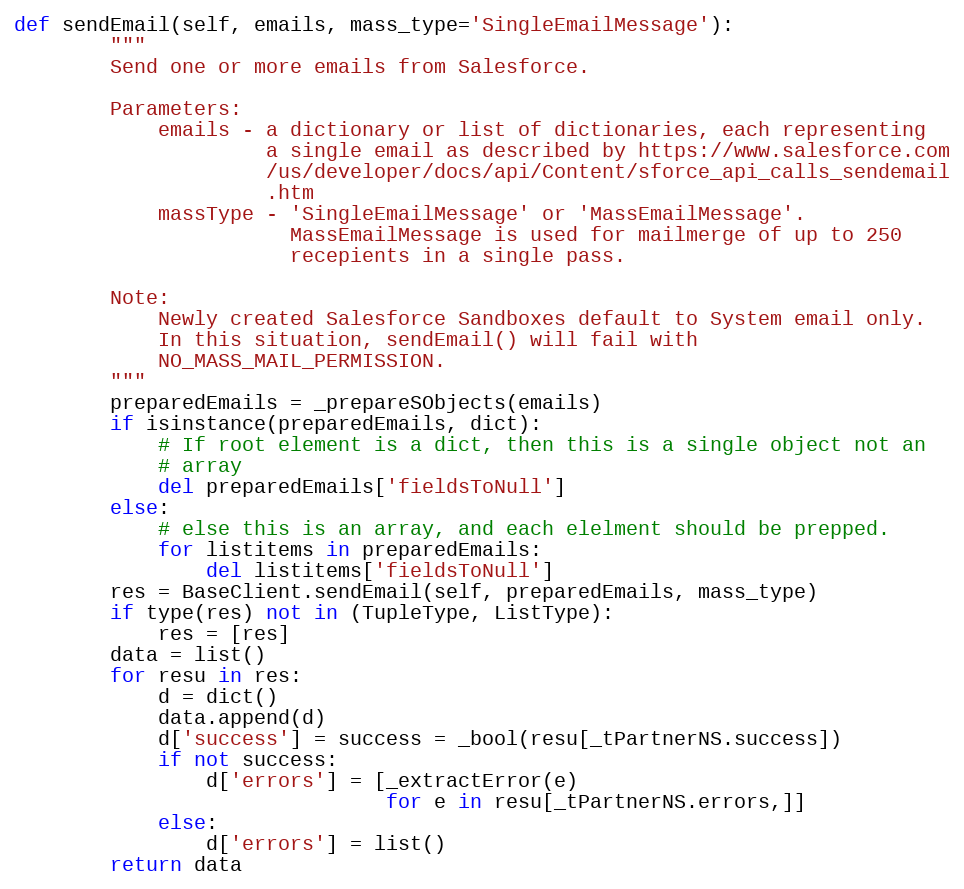
Language: Python
def sendEmail(self, emails, mass_type='SingleEmailMessage'):
        """
        Send one or more emails from Salesforce.

        Parameters:
            emails - a dictionary or list of dictionaries, each representing
                     a single email as described by https://www.salesforce.com
                     /us/developer/docs/api/Content/sforce_api_calls_sendemail
                     .htm
            massType - 'SingleEmailMessage' or 'MassEmailMessage'.
                       MassEmailMessage is used for mailmerge of up to 250
                       recepients in a single pass.

        Note:
            Newly created Salesforce Sandboxes default to System email only.
            In this situation, sendEmail() will fail with
            NO_MASS_MAIL_PERMISSION.
        """
        preparedEmails = _prepareSObjects(emails)
        if isinstance(preparedEmails, dict):
            # If root element is a dict, then this is a single object not an
            # array
            del preparedEmails['fieldsToNull']
        else:
            # else this is an array, and each elelment should be prepped.
            for listitems in preparedEmails:
                del listitems['fieldsToNull']
        res = BaseClient.sendEmail(self, preparedEmails, mass_type)
        if type(res) not in (TupleType, ListType):
            res = [res]
        data = list()
        for resu in res:
            d = dict()
            data.append(d)
            d['success'] = success = _bool(resu[_tPartnerNS.success])
            if not success:
                d['errors'] = [_extractError(e)
                               for e in resu[_tPartnerNS.errors,]]
            else:
                d['errors'] = list()
        return data